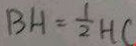
B H = \frac { 1 } { 2 } H C